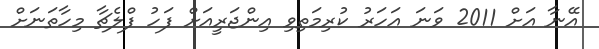
އޭނާ އަށް 2011 ވަނަ އަހަރު ކުރިމަތިވި އިންޖަރީއަށް ފަހު ފްލެޗާ މިހާތަނަށް